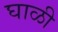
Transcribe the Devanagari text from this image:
घाळी